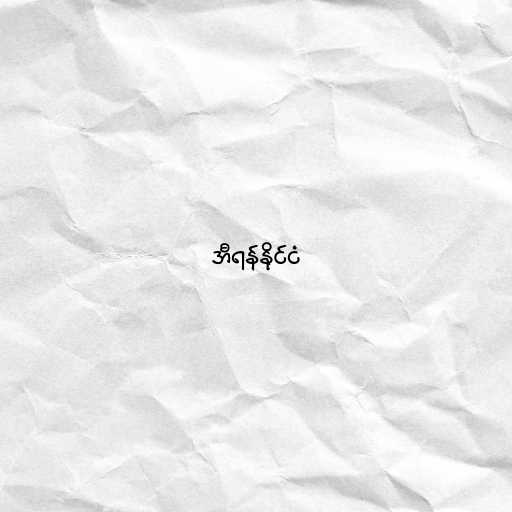
အီရန်နိုင်ငံ